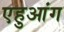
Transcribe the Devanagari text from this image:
एहुआंग